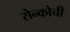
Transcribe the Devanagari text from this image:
रोन्कोची